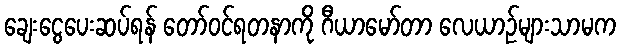
ချေးငွေပေးဆပ်ရန် တော်ဝင်ရတနာကို ဂီယာမော်တာ လေယာဉ်များသာမက